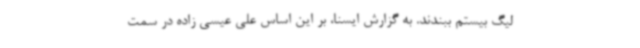
لیگ بیستم ببندند. به گزارش ایسنا، بر این اساس علی عیسی زاده در سمت